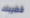
قضيبك